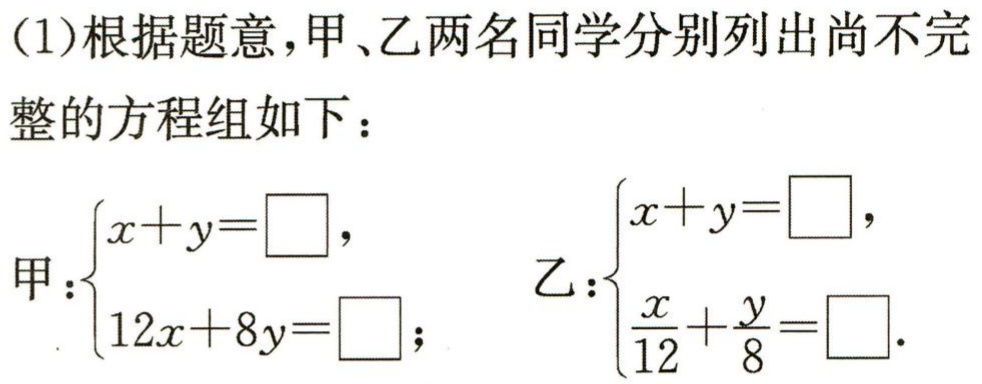
(1)根据题意，甲、乙两名同学分别列出尚不完整的方程组如下：

甲：\(\begin{cases}x + y = \square,\\12x + 8y = \square;\end{cases}\) 乙：\(\begin{cases}x + y = \square,\\\frac{x}{12} + \frac{y}{8} = \square.\end{cases}\)